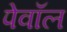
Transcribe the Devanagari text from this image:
पेवॉल